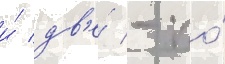
и́ дв'е́ - по́